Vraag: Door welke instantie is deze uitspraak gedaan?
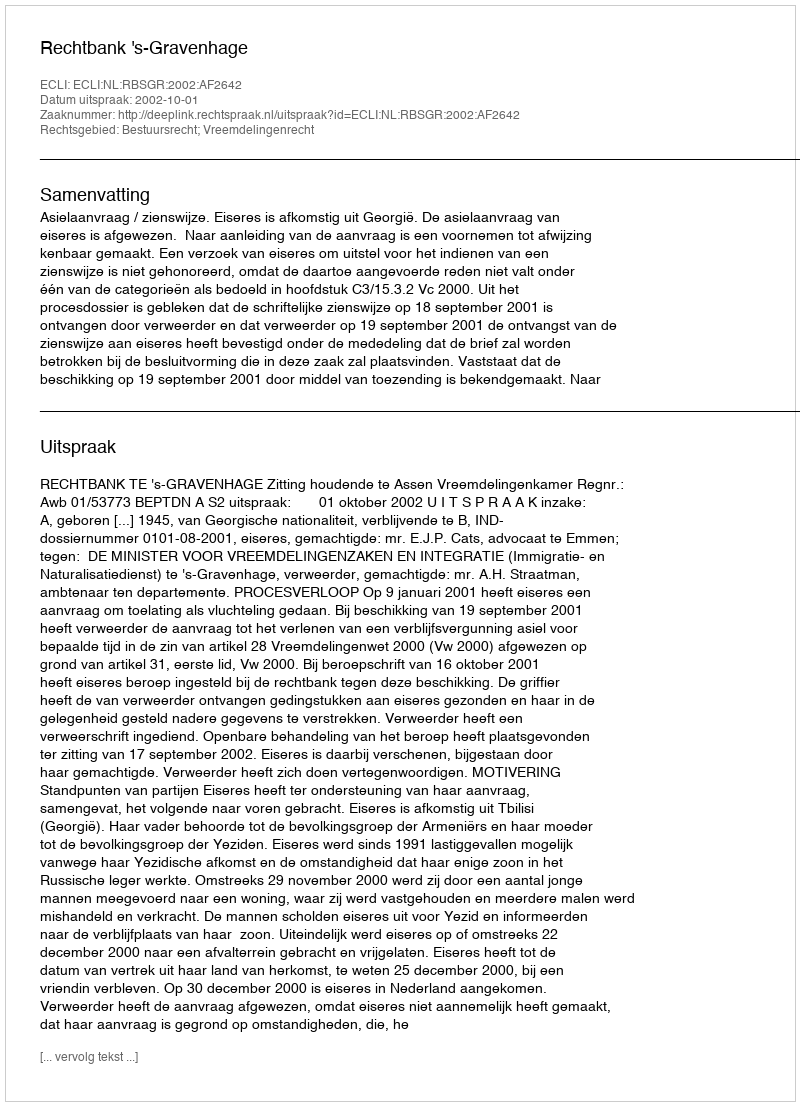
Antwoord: Rechtbank 's-Gravenhage